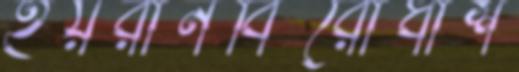
হয়রানবিরোধীশ